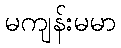
မကျန်းမမာ